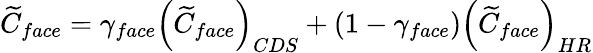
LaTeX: \begin{array}{r}{\widetilde{C}_{face}=\gamma_{face}\left(\widetilde{C}_{face}\right)_{CDS}+\left(1-\gamma_{face}\right)\left(\widetilde{C}_{face}\right)_{HR}}\end{array}